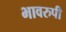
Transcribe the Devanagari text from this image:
भावरुपी